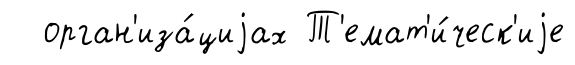
орган'иза́циjах Т'емат'и́ческ'иjе